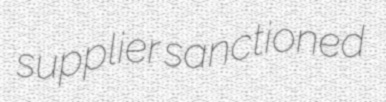
supplier sanctioned